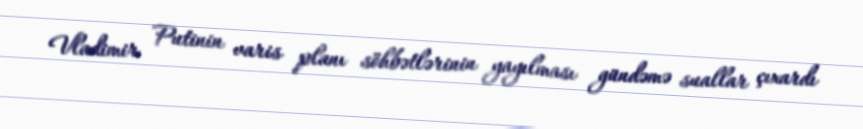
Vladimir Putinin varis planı söhbətlərinin yayılması gündəmə suallar çıxardı